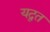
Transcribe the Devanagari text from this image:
यद्वत